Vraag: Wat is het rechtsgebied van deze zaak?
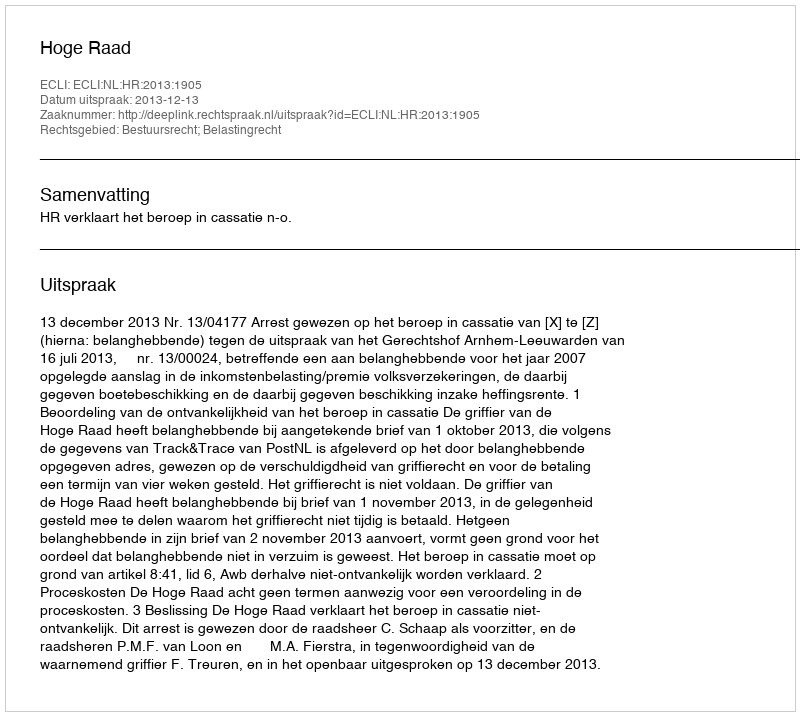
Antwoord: Bestuursrecht; Belastingrecht